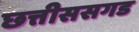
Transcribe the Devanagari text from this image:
छत्तीससगड